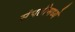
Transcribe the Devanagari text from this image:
संपतीमध्ये